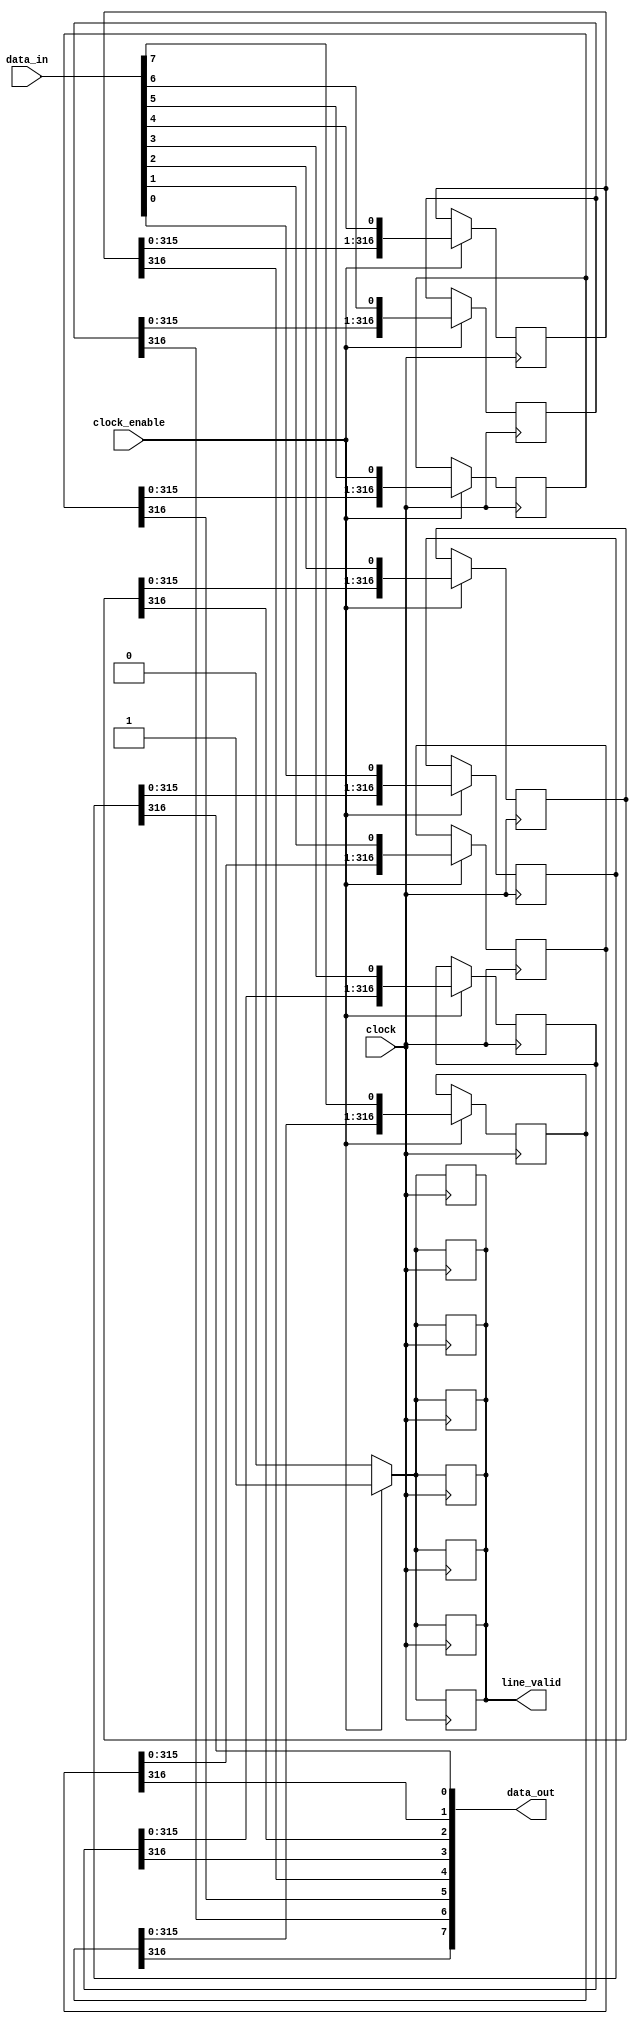
`timescale 1ns / 1ps
//////////////////////////////////////////////////////////////////////////////////
// Company: 
// Engineer: 
// 
// Design Name: 
// Module Name:    line_buffer 
// Project Name: 
// Target Devices: 
// Tool versions: 
// Description: 
//
// Dependencies: 
//
// Revision: 
// Revision 0.01 - File Created
// Additional Comments: 
//
//////////////////////////////////////////////////////////////////////////////////
module line_buffer #
	(
	parameter clock_cycles = 317,
	parameter data_width = 8
	)
	(
	input [data_width-1:0] 	data_in,
	input 			clock_enable,
	input 			clock,
	output [data_width-1:0] data_out,
	output reg line_valid
	);

 
   reg [clock_cycles-1:0] shift_reg [data_width-1:0];

   //synthesis translate off
   integer j;
   initial 
	for(j=0;j<clock_cycles;j=j+1)
		shift_reg[j] = 0 ;
   //synthesis translate on	

   genvar i;
   generate
      for (i=0; i < data_width; i=i+1) 
      begin: label
         always @(posedge clock)
            if (clock_enable)
              begin
                 shift_reg[i] <= {shift_reg[i][clock_cycles-2:0], data_in[i]};
                 line_valid <= 1'b1;
              end
           else
                  line_valid <= 1'b0;

				 
         assign data_out[i] = shift_reg[i][clock_cycles-1];
      end
   endgenerate
	
endmodule